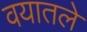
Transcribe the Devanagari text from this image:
वयातले